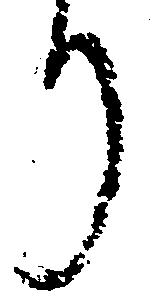
り